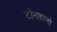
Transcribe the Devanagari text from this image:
टोनडानो